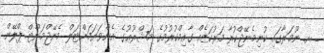
_ ށ. ނޫމަރާގައި ކުނިމެނޭޖްކުރާ މަރުކަޒެއް ގާއިމްކުރުުމުގެ މަޝްރޫޢުގެ އެންވަޔަމަންޓަލް މެނޭޖްމަންޓް ޕްލޭން